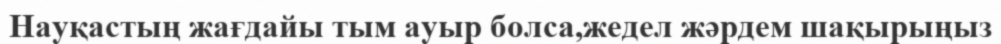
Науқастың жағдайы тым ауыр болса,жедел жәрдем шақырыңыз